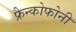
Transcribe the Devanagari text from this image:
फ्रैन्कोफोनी